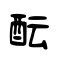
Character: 酝